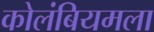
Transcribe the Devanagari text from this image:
कोलंबियमला